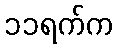
၁၁ရက်က